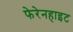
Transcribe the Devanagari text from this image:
फेरेनहाइट